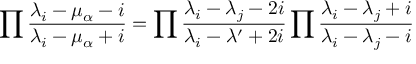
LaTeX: \prod { \frac { \lambda _ { i } - \mu _ { \alpha } - i } { \lambda _ { i } - \mu _ { \alpha } + i } } = \prod { \frac { \lambda _ { i } - \lambda _ { j } - 2 i } { \lambda _ { i } - \lambda ^ { \prime } + 2 i } } \prod { \frac { \lambda _ { i } - \lambda _ { j } + i } { \lambda _ { i } - \lambda _ { j } - i } }